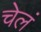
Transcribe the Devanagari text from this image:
चेलं